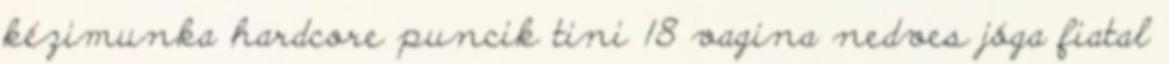
kézimunka hardcore puncik tini 18 vagina nedves jóga fiatal